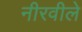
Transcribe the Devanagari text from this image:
नीरवीले